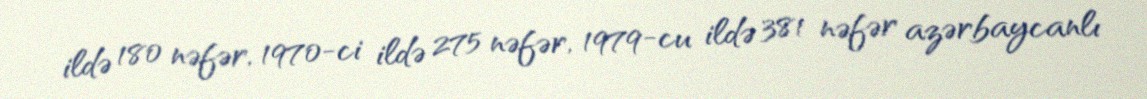
ildə 180 nəfər, 1970-ci ildə 275 nəfər, 1979-cu ildə 381 nəfər azərbaycanlı